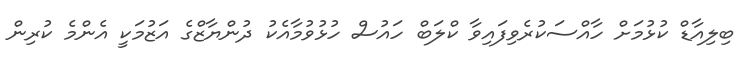
ބިލިއާޑް ކުޅުމަށް ހާއްސަކުރެވިފައިވާ ކްލަބް ހައުސް ހުޅުވުމާއެކު ދުންޔާޒްގެ އަޒުމަކީ އެންމެ ކުރިން